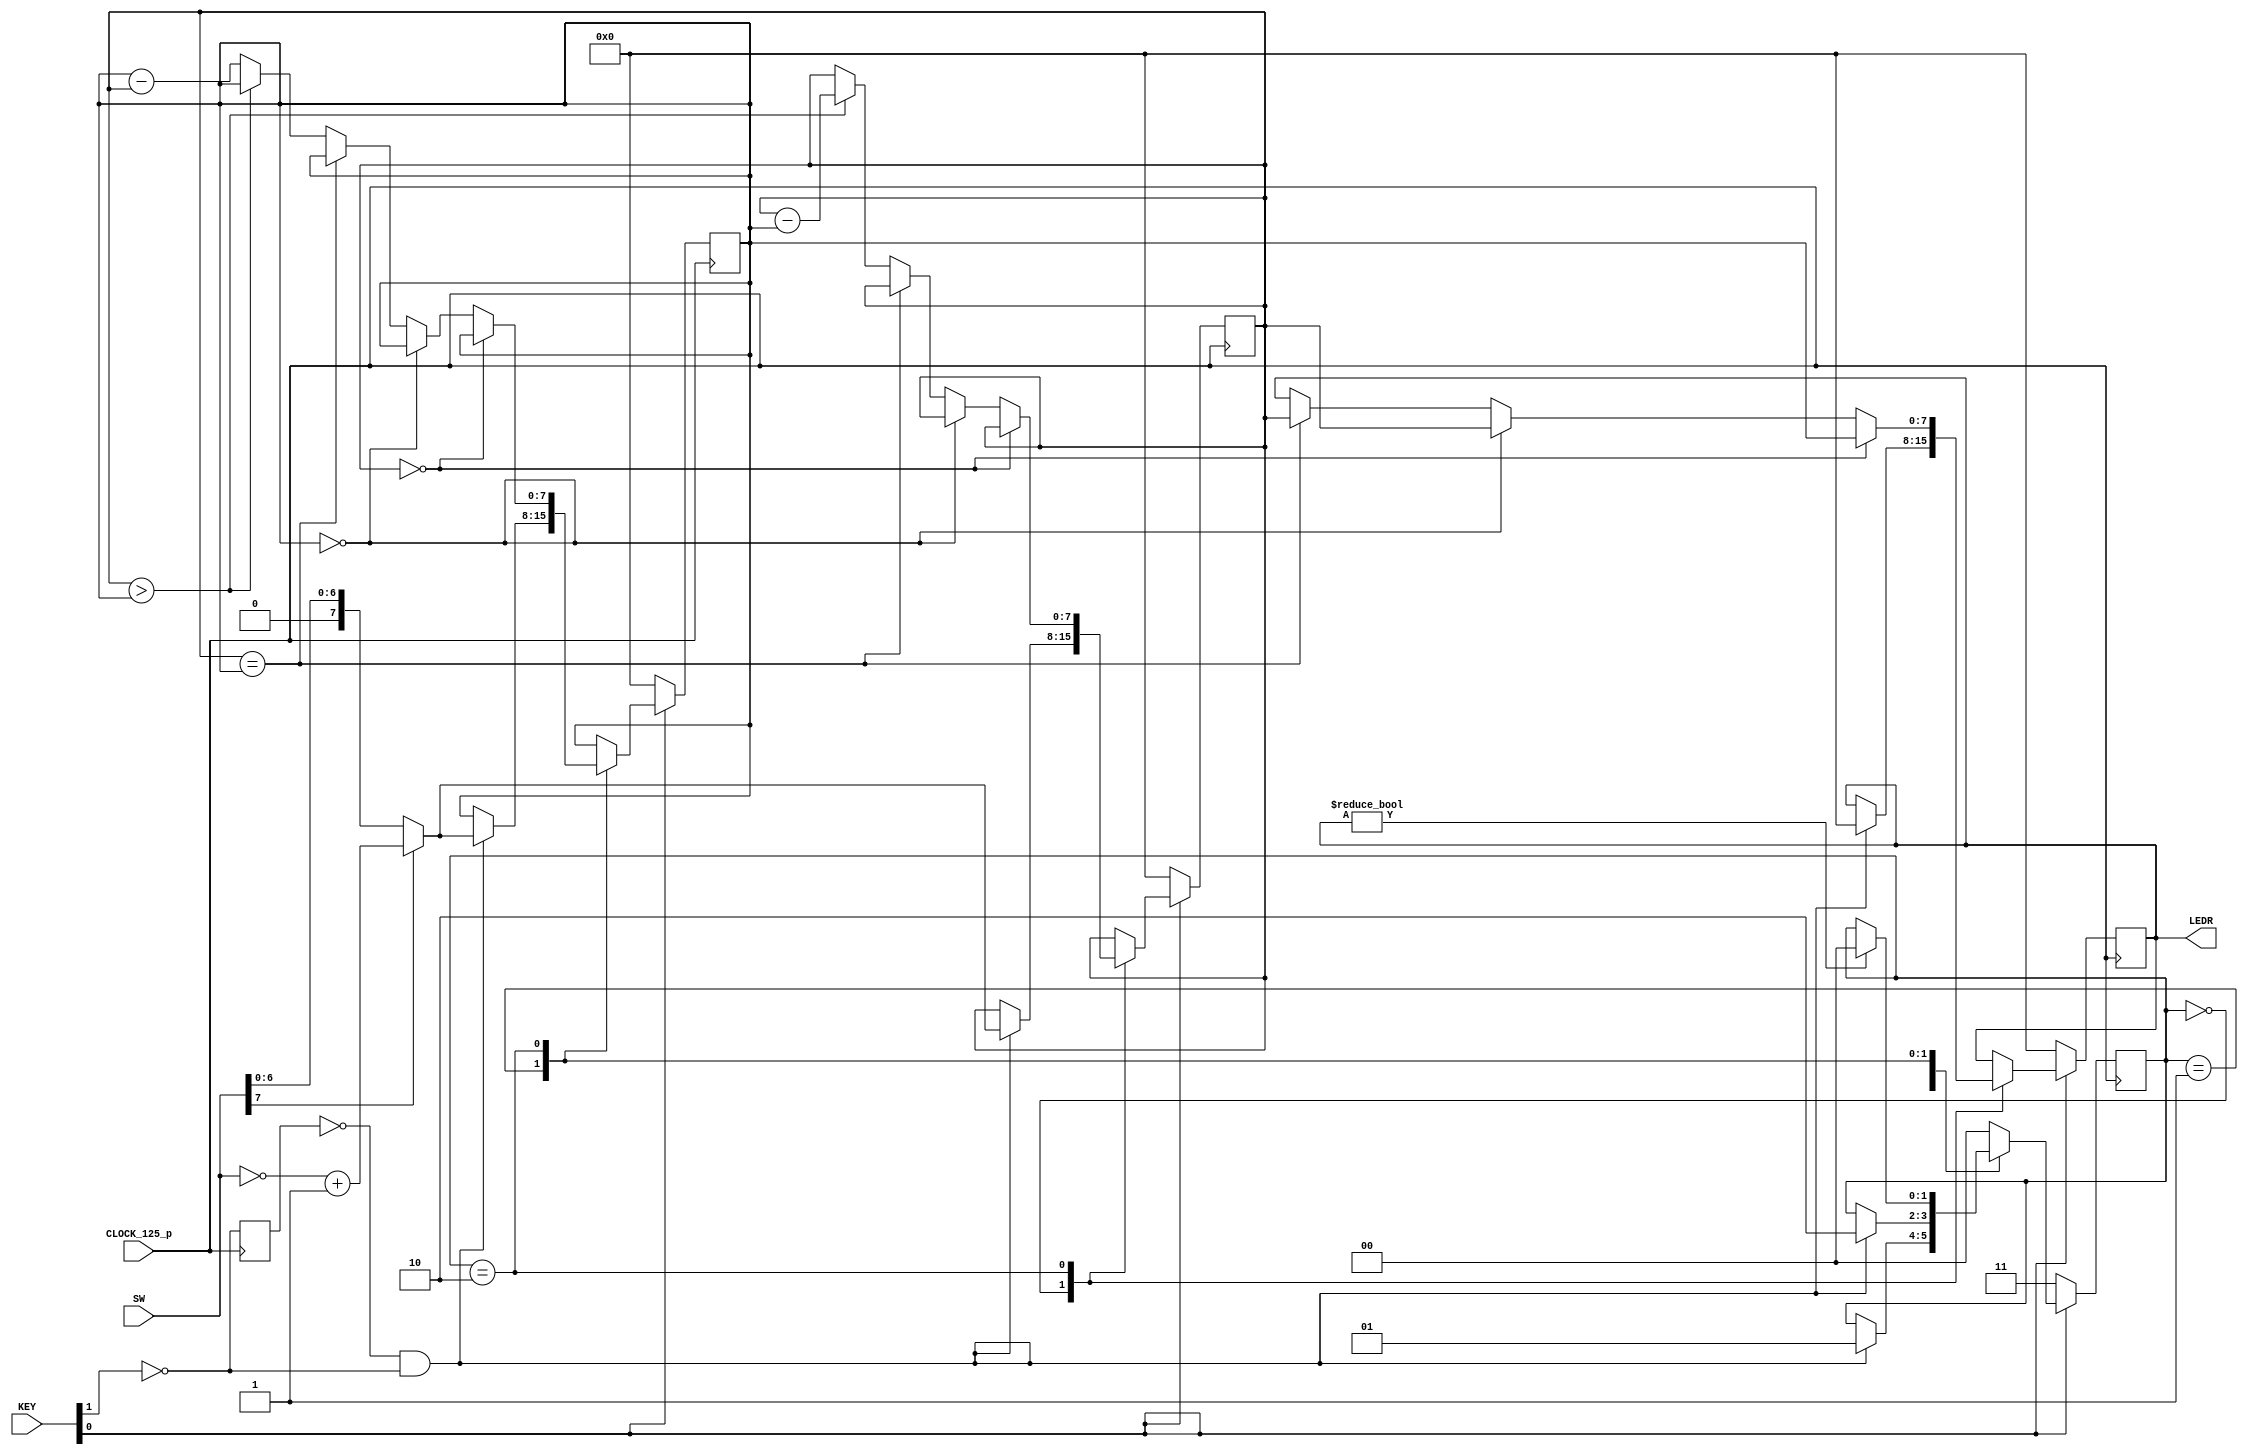
module baseline_c5gx(
	
		///////// CLOCK /////////
		input CLOCK_125_p, ///LVDS
		
      ///////// SW ///////// 1.2 V ///////
      input [7:0]  SW,
		
		///////// KEY ///////// 1.2 V ///////
      input [1:0]  KEY,
		
      ///////// LEDG ///////// 2.5 V ///////
      output      [7:0]  LEDR
    );
     
	  wire clk, rst, button;
	  wire [7:0] numInput;
	  reg [7:0] leds;

	  assign LEDR [7:0] = leds;
	  assign clk = CLOCK_125_p;
	  assign numInput = SW [7:0];
	  assign button = !KEY[1];
	  assign rst = !KEY[0];
	  
	 reg buttonPrev;
	 assign buttonTrigger = !buttonPrev & button;

    reg [7:0] numA, numB;
    reg [1:0] currentState;
    parameter[1:0] takeFirst = 2'b00, takeSecond = 2'b01, calculate = 2'b10, defState = 2'b11;
    
	 
    always@(posedge clk) begin
			buttonPrev <= button;
			if(rst) begin
				currentState <= defState;
				numA <= 0;
				numB <= 0;
				leds <= 0;
		  end
		  else begin
        case(currentState)
            takeFirst : begin
						if(buttonTrigger) begin
							leds <= 0;
							numA <= numInput[7] == 1 ? ~numInput+1 : numInput; //two's complement conversion
							currentState <= takeSecond;
						end			
            end
				
				takeSecond : begin
					if(buttonTrigger) begin
						numB <= numInput[7] == 1 ? ~numInput+1 : numInput;
						currentState <= calculate; 

					end
            end
				
            calculate : begin 
					if(numA == 0) leds <= numB;
					else if(numB == 0) leds <= numA ;
					else if(numA  == numB) leds <= numA ;
					else if(numA  > numB) numA  <= numA - numB;
					else numB <= numB - numA ;
					if(leds) currentState <= takeFirst;
				end
				
            default begin
					currentState <= takeFirst;
				end
        endcase
		  end	  
			
			
    end
        
endmodule